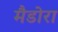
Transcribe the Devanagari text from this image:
मैडोरा